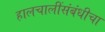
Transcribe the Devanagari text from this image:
हालचालींसंबंधीचा